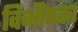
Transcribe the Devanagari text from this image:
विभीषका